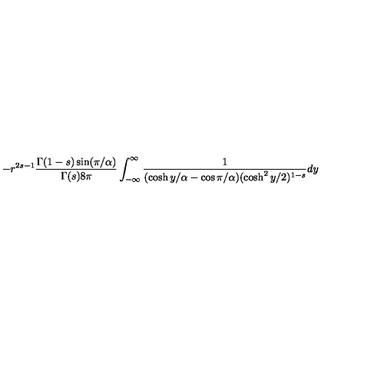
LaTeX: - r ^ { 2 s - 1 } { \frac { \Gamma ( 1 - s ) \sin ( \pi / \alpha ) } { \Gamma ( s ) 8 \pi } } \int _ { - \infty } ^ { \infty } { \frac { 1 } { ( \cosh y / \alpha - \cos \pi / \alpha ) ( \cosh ^ { 2 } y / 2 ) ^ { 1 - s } } } d y